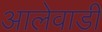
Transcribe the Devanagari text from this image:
आलेवाडी